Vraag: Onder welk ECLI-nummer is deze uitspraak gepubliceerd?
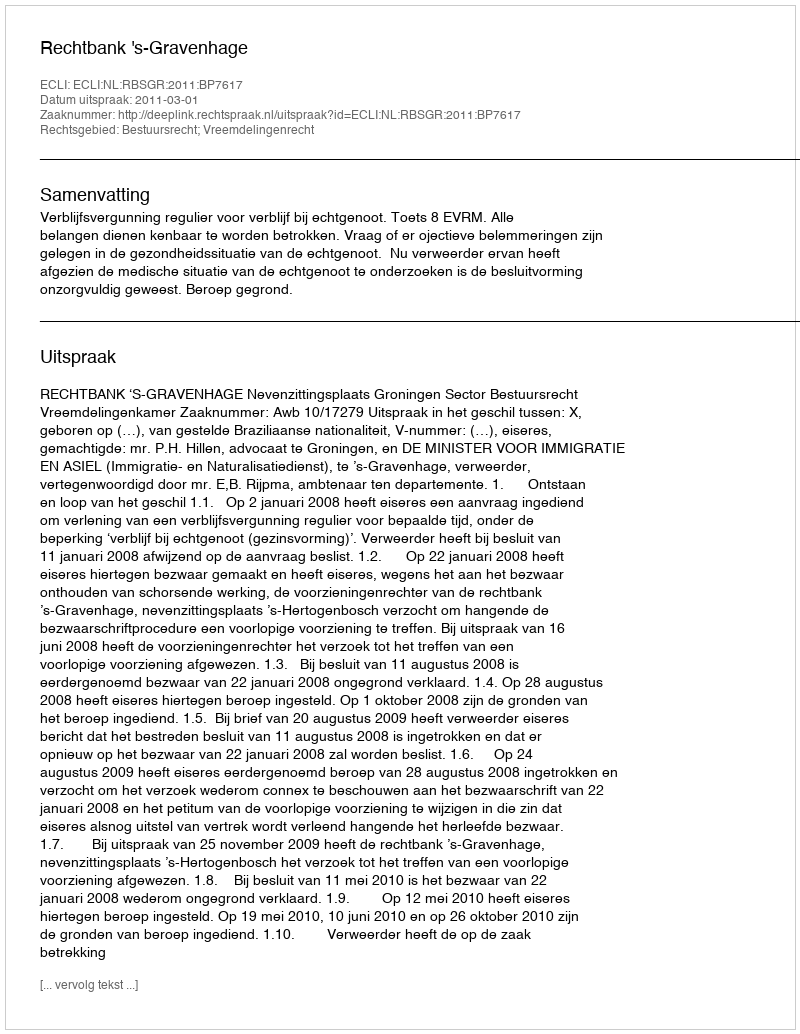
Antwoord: ECLI:NL:RBSGR:2011:BP7617